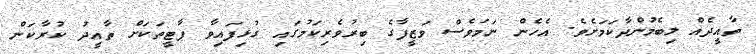
ތާއީދެއް ލިބެމުންދާކަމަށެވެ. އެހެން ނަަމަވެސް ވަޒީފާގެ ބިރުވެރިކަމުގައި ގުޅިފައިވާ ޕާޓީތަކަށް ތާއީދު ކުރާކަން